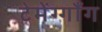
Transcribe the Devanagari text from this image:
टेमेंग्गाँग